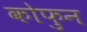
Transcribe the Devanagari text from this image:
कोफुन